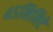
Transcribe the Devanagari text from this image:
४५मिनिटे